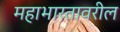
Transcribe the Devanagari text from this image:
महाभारतावरील